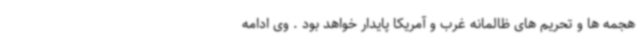
هجمه ها و تحریم های ظالمانه غرب و آمریکا پایدار خواهد بود . وی ادامه